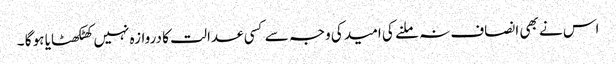
اس نے بھی انصاف نہ ملنے کی امید کی وجہ سے کسی عدالت کا دروازہ نہیں کھٹکھٹایا ہو گا ۔